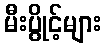
မီးပွိုင့်များ